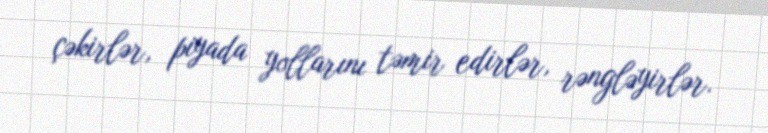
çəkirlər, piyada yollarını təmir edirlər, rəngləyirlər.